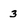
Character: 3